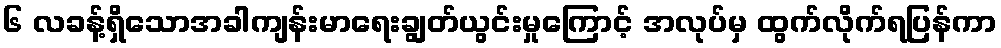
၆ လခန့်ရှိသောအခါကျန်းမာရေးချွတ်ယွင်းမှုကြောင့် အလုပ်မှ ထွက်လိုက်ရပြန်ကာ